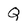
Character: Q